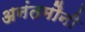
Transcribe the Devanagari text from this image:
अनंतमौनी